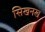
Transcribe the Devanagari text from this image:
सिखनख